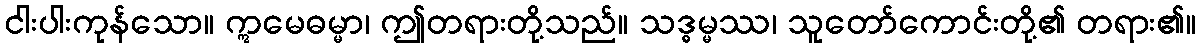
ငါးပါးကုန်သော။ ဣမေဓမ္မာ၊ ဤတရားတို့သည်။ သဒ္ဓမ္မဿ၊ သူတော်ကောင်းတို့၏ တရား၏။